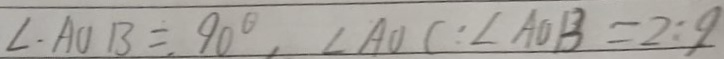
\angle A O B = 9 0 ^ { \circ } , \angle A O C : \angle A O B = 2 : 9